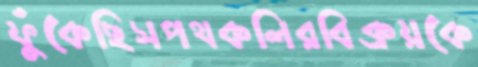
ফুঁকেছিসপথকলিরবিক্রয়কে